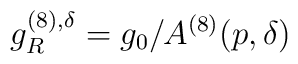
g_R^{(8),\delta}=g_0/A^{(8)}(p,\delta)